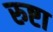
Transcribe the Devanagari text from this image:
रुष्टा